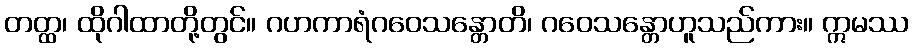
တတ္ထ၊ ထိုဂါထာတို့တွင်။ ဂဟကာရံဂဝေသန္တောတိ၊ ဂဝေသန္တောဟူသည်ကား။ ဣမဿ